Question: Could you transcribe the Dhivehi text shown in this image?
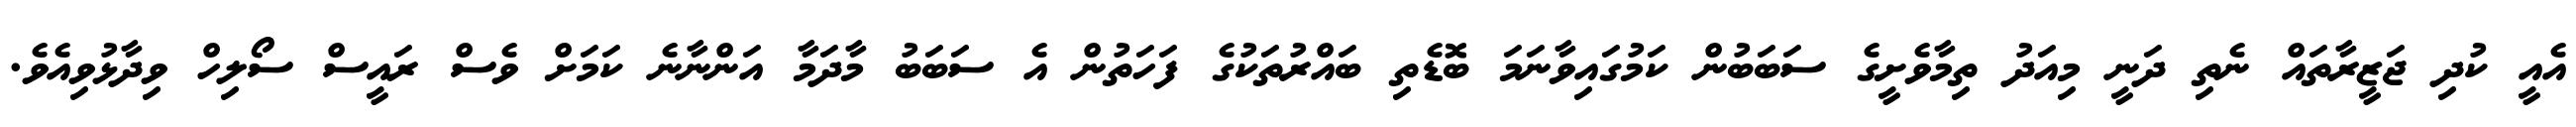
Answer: އެއީ ކުދި ޖަޒީރާތައް ނެތި ދަނީ މިއަދު ތިމާވެށީގެ ސަބަބުން ކަމުގައިވާނަމަ ބޮޑެތި ބައްރުތަކުގެ ފަހަތުން އެ ސަބަބު މާދަމާ އަންނާނެ ކަމަށް ވެސް ރައީސް ސޯލިހް ވިދާޅުވިއެވެ.